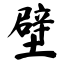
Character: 壁